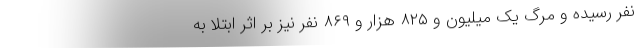
نفر رسیده و مرگ یک میلیون و ۸۲۵ هزار و ۸۶۹ نفر نیز بر اثر ابتلا به